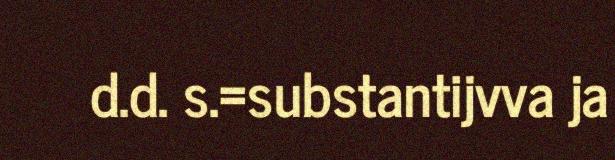
d.d. s.=substantijvva ja